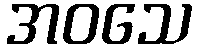
အဝသေ